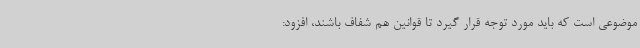
موضوعی است که باید مورد توجه قرار گیرد تا قوانین هم شفاف باشند، افزود: